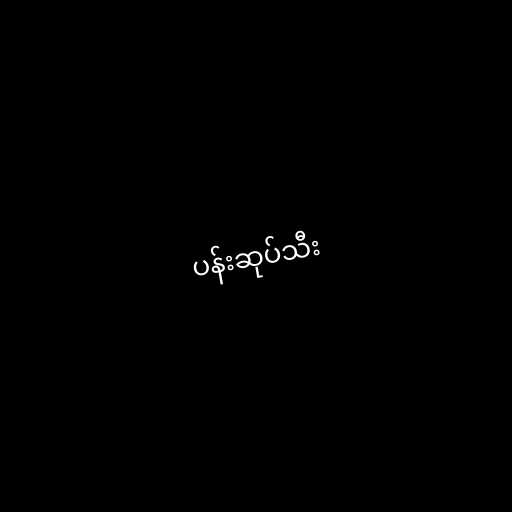
ပန်းဆုပ်သီး